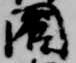
閤